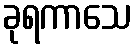
ခုရကာသေ